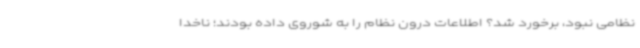
نظامی نبود، برخورد شد؟ اطلاعات درون نظام را به شوروی داده بودند؛ ناخدا